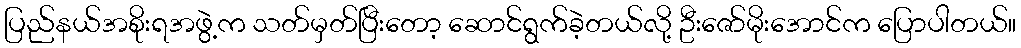
ပြည်နယ်အစိုးရအဖွဲ့က သတ်မှတ်ပြီးတော့ ဆောင်ရွက်ခဲ့တယ်လို့ ဦးဇော်မိုးအောင်က ပြောပါတယ်။